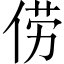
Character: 𫢬